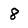
Character: 8